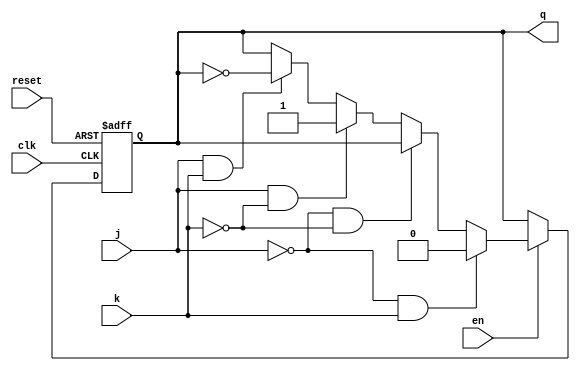
`timescale 1ns / 1ps
//////////////////////////////////////////////////////////////////////////////////
// Company: 
// Engineer: 
// 
// Design Name: 
// Module Name: JK_FlipFlop
// Project Name: 
// Target Devices: 
// Tool Versions: 
// Description: 
// 
// Dependencies: 
// 
// Revision:
// Revision 0.01 - File Created
// Additional Comments:
// Author Fatima Zehra Alvi 
//////////////////////////////////////////////////////////////////////////////////


module JR_FlipFlop(q, clk, j, k, reset, en);
input clk, j, k, reset, en;
output reg q;

always @ (posedge clk, posedge reset )
begin
        if (reset)
        q <= 1'b0;
        else if (en == 1'b0)
        q <= q;
        else if (j==1'b0 && k==1'b1 )
        q <= 0;
        else if (j== 1'b0 && k== 1'b0)
        q <= q;
        else if (j== 1'b1 && k== 1'b0)
        q <= 1;
        else if (j== 1'b1 && k== 1'b1)
        q <= ~q;        
        else 
        q <= q;
end
endmodule